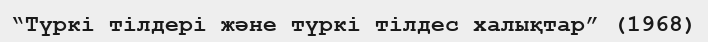
“Түркі тілдері және түркі тілдес халықтар” (1968)